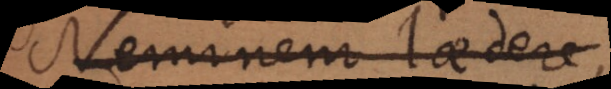
Neminem laedere,